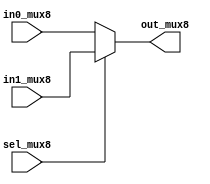
module myMUX8 (in0_mux8, in1_mux8, sel_mux8, out_mux8);
  input [7:0] in0_mux8, in1_mux8;
  input sel_mux8;
  output [7:0] out_mux8;
  
  assign out_mux8 = sel_mux8 ? in1_mux8 : in0_mux8;
endmodule